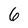
Character: 6